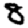
Digit: 8